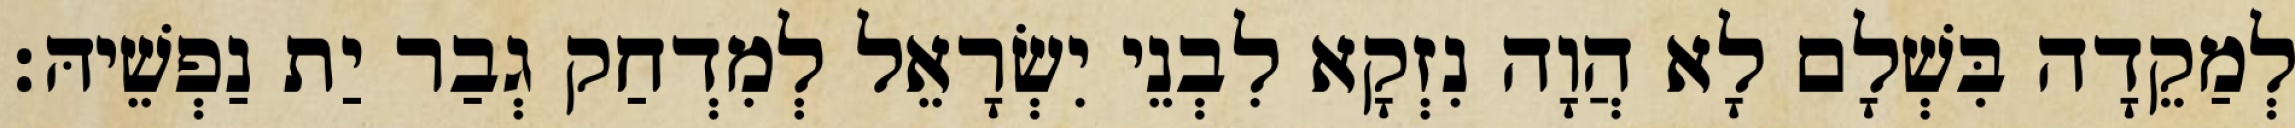
לְמַקֵדָה בִּשְׁלָם לָא הֲוָה נִזְקָא לִבְנֵי יִשְׂרָאֵל לְמִדְחַק גְבַר יַת נַפְשֵׁיהּ׃